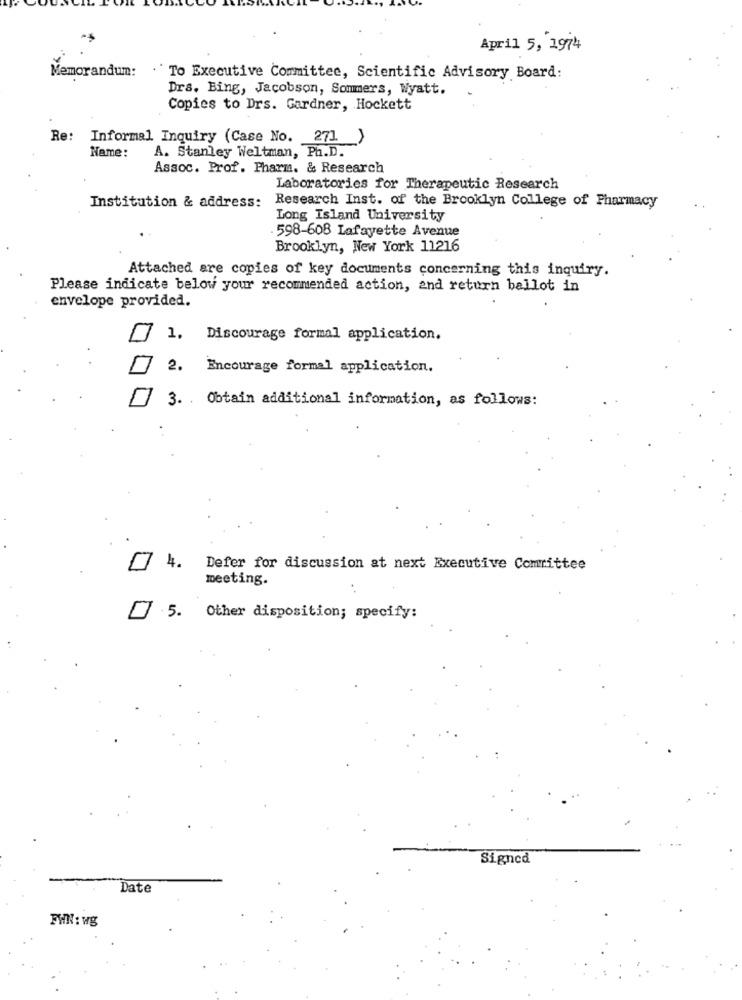
April 5, 1974
Memorandum: . To Executive Committee, Scientific Advisory Board:
Drs. Bing, Jacobson, Sommers, Wyatt.
Copies to Drs. Gardner, Hockett
Re: Informal Inquiry (Case No. 271)
A. Stanley Weltman, Ph.D.
Name :
Assoc. Prof. Pharm. & Research
Laboratories for Therapeutic Research
Institution & address:
Research Inst. of the Brooklyn College of Pharmacy
Long Island University
598-608 Lafayette Avenue
Brooklyn, New York 11216
Attached are copies of key documents concerning this inquiry.
Please indicate below your recommended action, and return ballot in
envelope provided.
1. Discourage formal application.
2. Encourage formal application.
3. . Obtain additional information, as follows:
4. Defer for discussion at next Executive Committee
meeting.
5. Other disposition; specify:
Signed
Date
FHN: wg